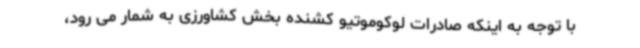
با توجه به اینکه صادرات لوکوموتیو کشنده بخش کشاورزی به شمار می رود،